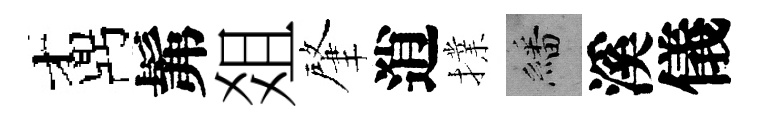
鼒髴爼肇逍擈繙溪儀